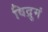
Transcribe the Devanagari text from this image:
विद्रुमं